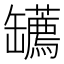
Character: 䍎